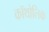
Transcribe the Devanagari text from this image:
कॉथोलिक